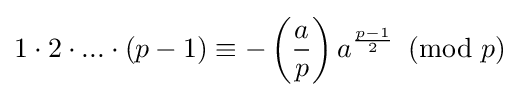
1\cdot 2\cdot ...\cdot (p-1)\equiv -\left({\frac {a}{p}}\right)a^{\frac {p-1}{2}}\!\!\!{\pmod {p}}